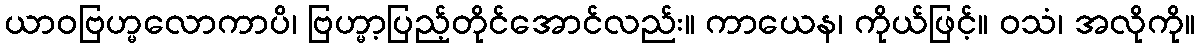
ယာဝဗြဟ္မလောကာပိ၊ ဗြဟ္မာ့ပြည့်တိုင်အောင်လည်း။ ကာယေန၊ ကိုယ်ဖြင့်။ ဝသံ၊ အလိုကို။